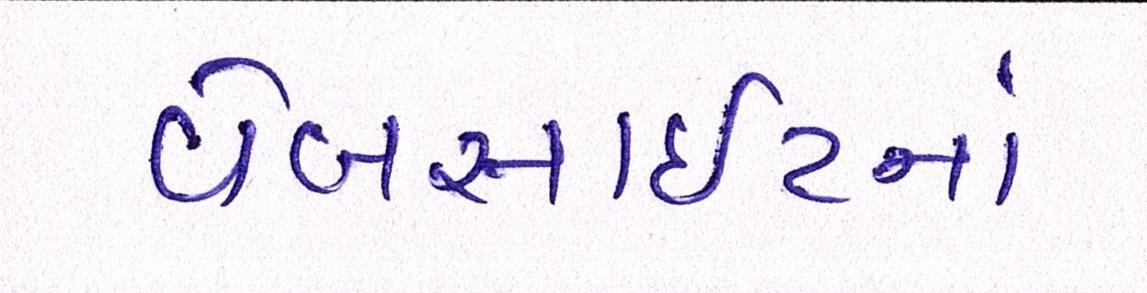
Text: વેબસાઈટનાં